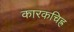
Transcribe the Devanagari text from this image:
कारकचिह्र